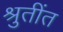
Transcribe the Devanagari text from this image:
श्रुतींत